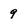
Character: g